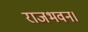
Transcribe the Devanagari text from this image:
राजभवन।